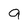
Character: 9